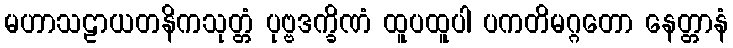
မဟာသဠာယတနိကသုတ္တံ ပုဗ္ဗဒက္ခိဏံ ထူပထူပါ ပကတိမဂ္ဂတော နေတ္တာနံ